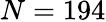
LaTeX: N=194